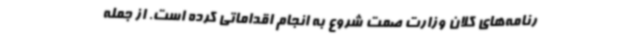
رنامه‌های کلان وزارت صمت شروع به انجام اقداماتی کرده است. از جمله